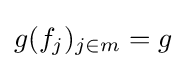
g(f_{j})_{j\in m}=g